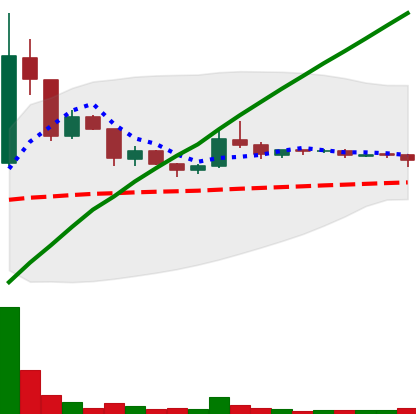
Ticker: DOGE-USD
Chart end date: 2020-07-27
Forward return: 17.0%
Label: up_7plus